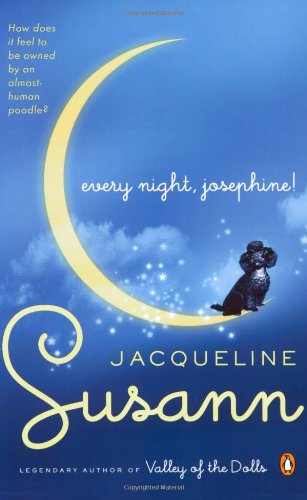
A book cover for Every Night, Josephine!; Jacqueline Susann; Humor & Entertainment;